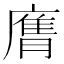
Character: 𭙶